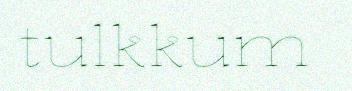
tulkkum